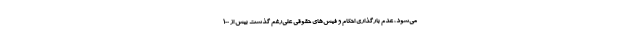
می‌شود، عدم بارگذاری احکام و فیش‌های حقوقی علی‌رغم گذشت بیش از ۱۰۰